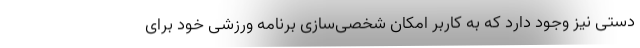
دستی نیز وجود دارد که به کاربر امکان شخصی‌سازی برنامه ورزشی خود برای